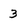
Character: 3